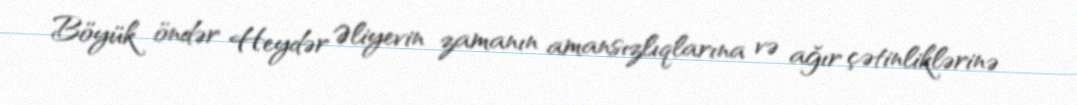
Böyük öndər Heydər Əliyevin zamanın amansızlıqlarına və ağır çətinliklərinə